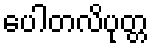
ပေါတလိပုတ္တ